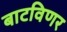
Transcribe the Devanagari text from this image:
बाटविणर